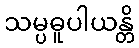
သမ္ပဓူပါယန္တိ